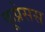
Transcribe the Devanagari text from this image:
कूप्रेसस